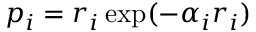
p _ { i } = r _ { i } \exp ( - \alpha _ { i } r _ { i } )